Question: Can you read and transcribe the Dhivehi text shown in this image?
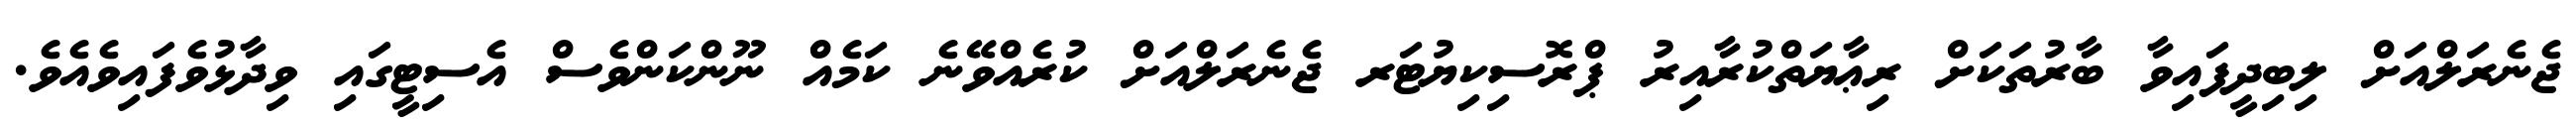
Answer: ޖެނެރަލްއަށް ލިބިދީފައިވާ ބާރުތަކަށް ރިޢާޔަތްކުރާއިރު ޕްރޮސިކިޔުޓަރ ޖެނެރަލްއަށް ކުރެއްވޭނެ ކަމެއް ނޫންކަންވެސް އެސިޓީގައި ވިދާޅުވެފައިވެއެވެ.